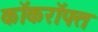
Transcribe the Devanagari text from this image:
कॉकरॉफ्त